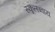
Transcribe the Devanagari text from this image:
स्कूलब्वाय